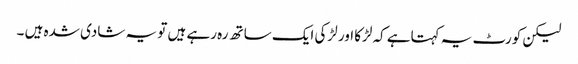
لیکن کورٹ یہ کہتاہے کہ لڑکا اور لڑکی ایک ساتھ رہ رہے ہیں تو یہ شادی شدہ ہیں ۔